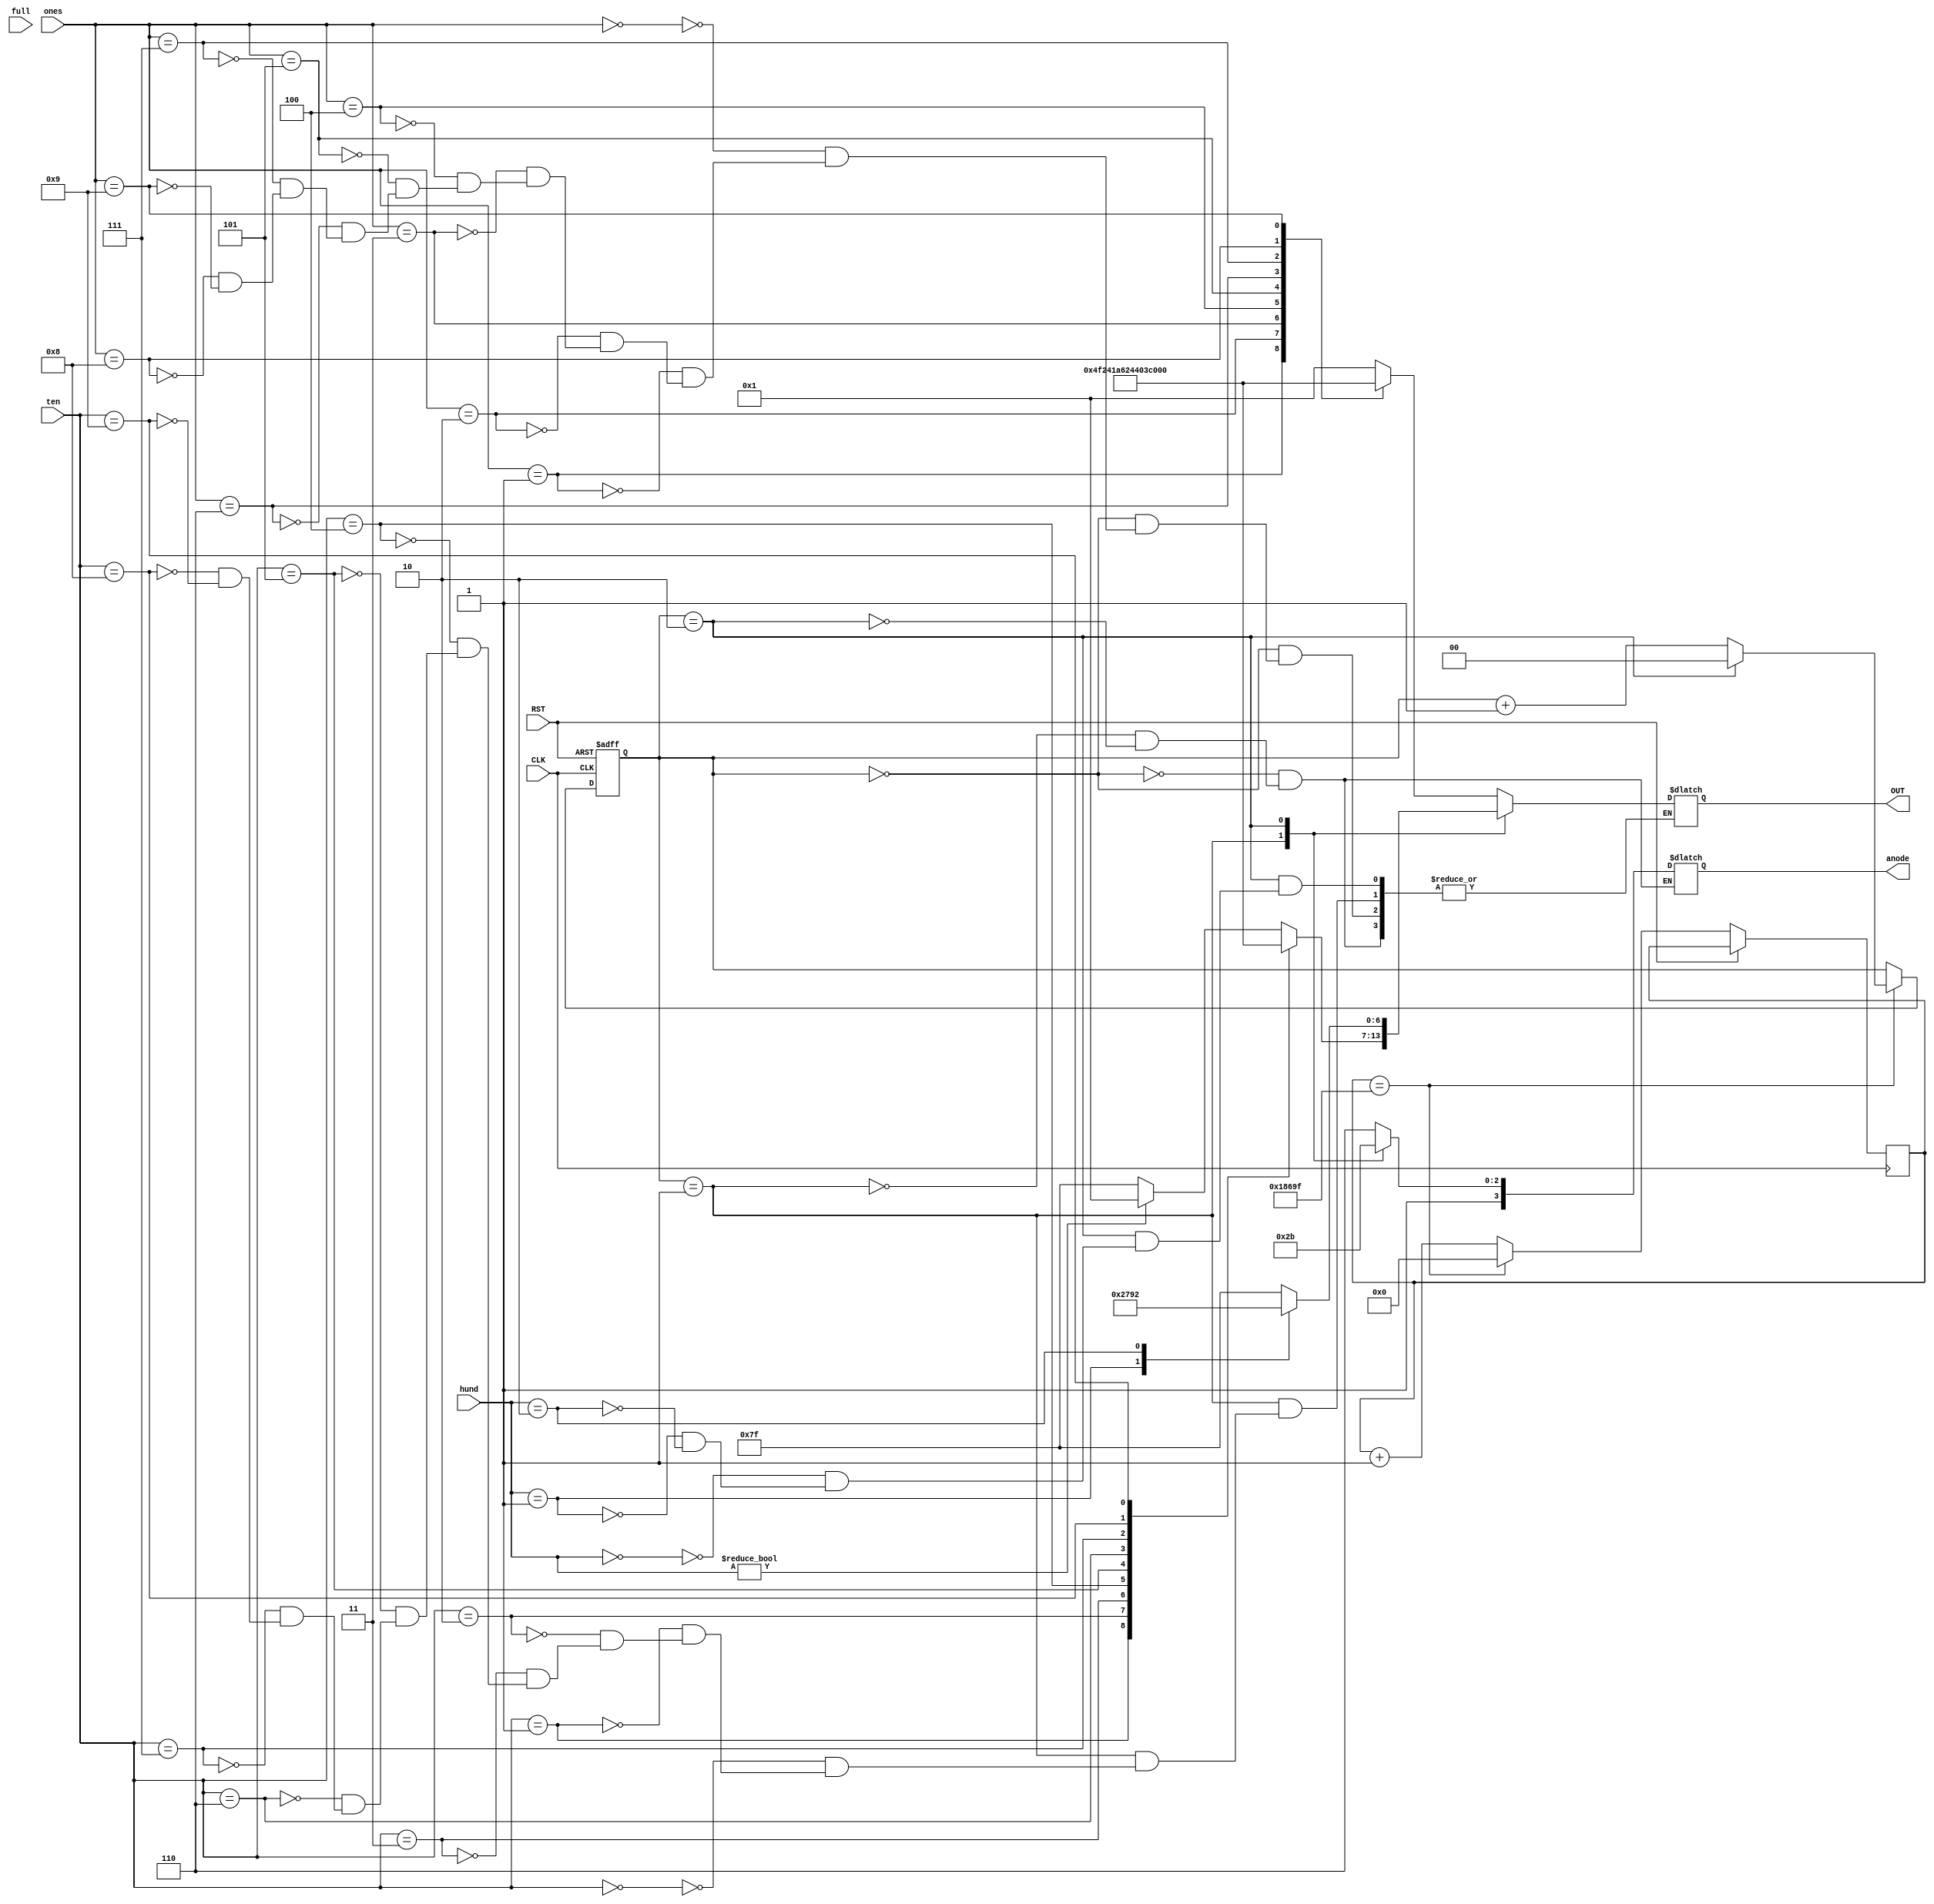
module BCD_7 #(parameter DL = 4)
            (input [DL-1:0] ones,
            input [DL-1:0] ten,
            input [DL-1:0] hund,
            input [(DL*2) - 1:0] full,
            input CLK,
            input RST,
            output reg [3:0] anode,
            output reg[6:0] OUT);

        parameter NULL = 7'b1111111;
        parameter ZERO = 7'b0000001;
        parameter ONE = 7'b1001111;
        parameter TWO = 7'b0010010;
        parameter THREE = 7'b0000110;
        parameter FOUR = 7'b1001100;
        parameter FIVE = 7'b0100100;
        parameter SIX = 7'b0100000;
        parameter SEVEN = 7'b0001111;
        parameter EIGHT = 7'b0000000;
        parameter NINE = 7'b0000100;


        reg[1:0] anode_select;
        reg[16:0] anode_timer;

        //go through anodes
        always @ (posedge CLK or posedge RST) begin
            if(RST) begin
                anode_select <= 0;
                anode_select <= 0;
            end
            else begin
                if(anode_timer == 99_999) begin
                    anode_timer <= 0;
                    if(anode_select == 2) anode_select <= 0;
                    else anode_select <= anode_select + 1;
                end
                else anode_timer <= anode_timer + 1;
            end
        end
        
        always @(anode_select) begin
            case(anode_select) 
                0: anode = 4'b1110;
                1: anode = 4'b1101;
                2: anode = 4'b1011;
            endcase
        end


        always @* begin
            case(anode_select)
                0: begin
                    case(ones)
                        0: OUT = ZERO;
                        1: OUT = ONE;
                        2: OUT = TWO;
                        3: OUT = THREE;
                        4: OUT = FOUR;
                        5: OUT = FIVE;
                        6: OUT = SIX;
                        7: OUT = SEVEN;
                        8: OUT = EIGHT;
                        9: OUT = NINE;
                    endcase
                end
                1: begin
                    case(ten)
//                        0: OUT = ZERO;
                        0:begin
                            if(hund != 0) OUT = ZERO;
                            else OUT = NULL;
                        end
                        1: OUT = ONE;
                        2: OUT = TWO;
                        3: OUT = THREE;
                        4: OUT = FOUR;
                        5: OUT = FIVE;
                        6: OUT = SIX;
                        7: OUT = SEVEN;
                        8: OUT = EIGHT;
                        9: OUT = NINE;
                    endcase 
                end
                
                2: begin
                    case(hund)
//                        0: OUT = ZERO;
                        0: OUT = NULL;
                        1: OUT = ONE;
                        2: OUT = TWO;
                    endcase
                end
            endcase
        end
    


endmodule